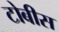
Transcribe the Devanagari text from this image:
टोबीस